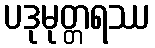
ပဒုမုတ္တရဿ